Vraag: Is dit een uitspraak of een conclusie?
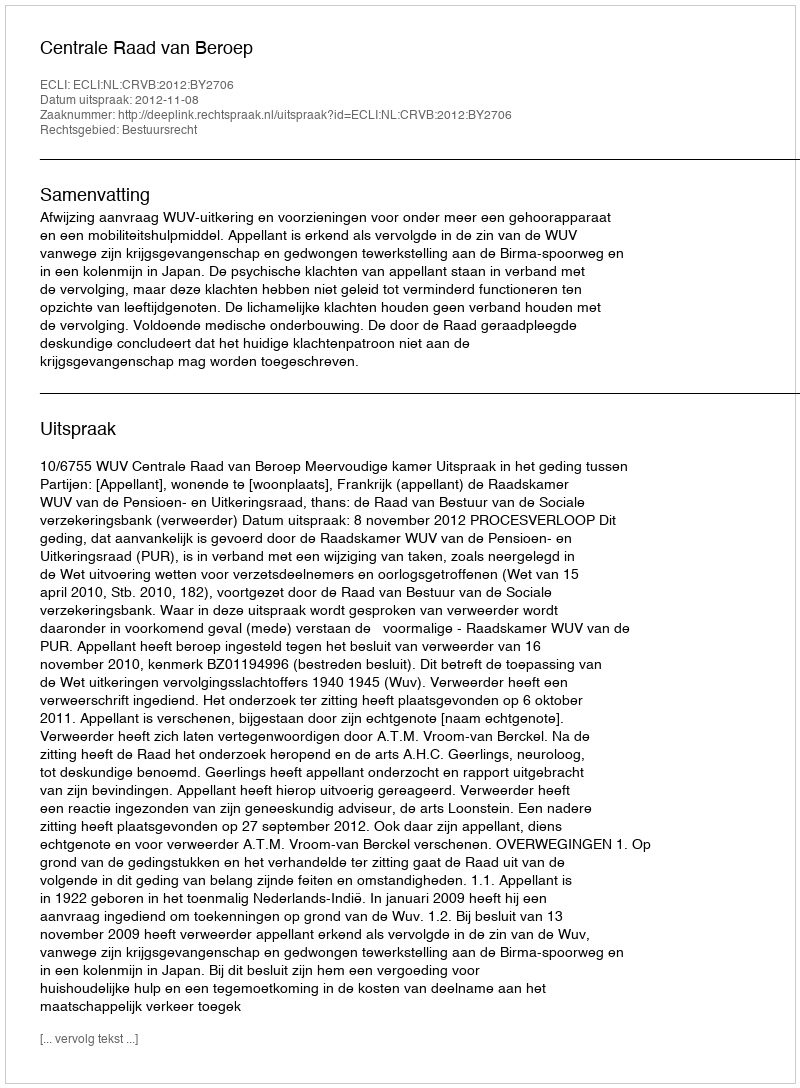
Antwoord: Uitspraak